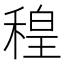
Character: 䅣